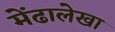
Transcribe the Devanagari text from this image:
मेंढालेखा